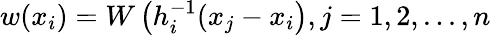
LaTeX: w(x_{i})=W\left(h_{i}^{-1}(x_{j}-x_{i}\right),j=1,2,...,n